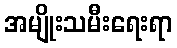
အမျိုးသမီးရေးရာ